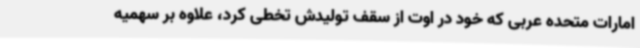
امارات متحده عربی که خود در اوت از سقف تولیدش تخطی کرد، علاوه بر سهمیه